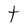
Character: t